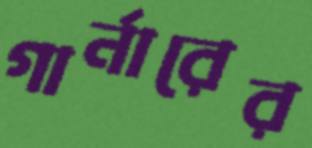
গার্নারের